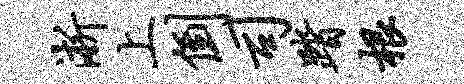
淅上倒司踏根